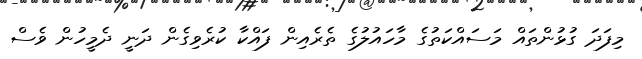
މިފަދަ ގުޅުންތައް މަސައްކަތުގެ މާހައުލުގެ ތެރެއިން ފައްކާ ކުރެވިގެން ދަނީ ދެމީހުން ވެސް